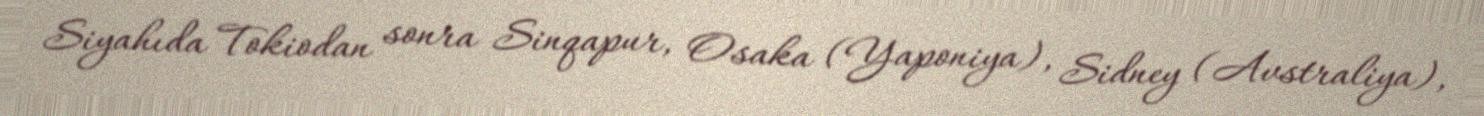
Siyahıda Tokiodan sonra Sinqapur, Osaka (Yaponiya), Sidney (Avstraliya),